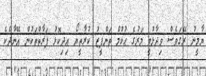
ޔާމީނު ރޭގަވެސް ވިދާޅުވީ މަރުގެ ޙުކުމް ތަންފީޒު ކުރާތީޔޯ އިދިކޮޅު ފަރާތްތަކުން އޭނާދެކެ